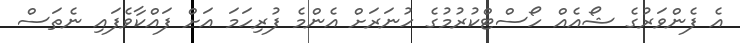
އެ ފެންވަރުގެ ޝޯއެއް ހޯސްޓްކުރުމުގެ ހުނަރަށް އެންމެ ފުރިހަމަ އަށް ފައްކާވެފައި ނެތަސް